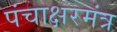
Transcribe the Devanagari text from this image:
पंचाक्षरमंत्र